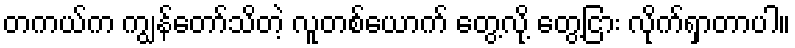
တကယ်က ကျွန်တော်သိတဲ့ လူတစ်ယောက် တွေ့လို့ တွေ့ငြား လိုက်ရှာတာပါ။